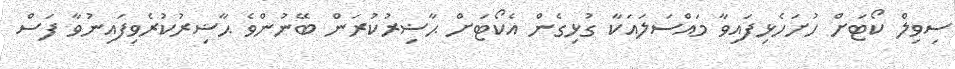
ސިވިލް ކޯޓަށް ހުށަހެޅިފައިވާ މައްސަލައަކާ ގުޅިގެން އެކޯޓަށް ޙާޟިރުކުރަން ބޭނުންވެ ޙާޟިރުކުރެވިފައިނުވާ ފަސް